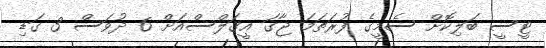
ޓީސީ ބަލިކޮށް ސެމީގެ ފުރަތަމަ ޖާގަ އީގަލްސްއަށް 6 ދުވަސް 3 ގަޑި